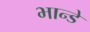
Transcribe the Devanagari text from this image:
भान्डे